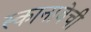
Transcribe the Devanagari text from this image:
स्कानाबेची